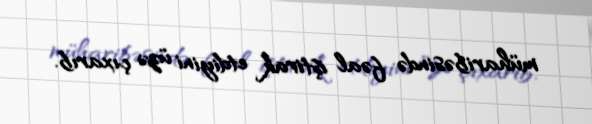
müharibəsində fəal iştirak etdiyini üzə çıxarıb.